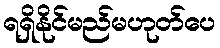
ရရှိနိုင်မည်မဟုတ်ပေ